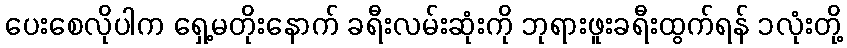
ပေးစေလိုပါက ရှေ့မတိုးနောက် ခရီးလမ်းဆုံးကို ဘုရားဖူးခရီးထွက်ရန် ၁လုံးတို့